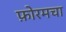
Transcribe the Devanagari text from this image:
फ़ोरमचा